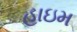
હાઇમ